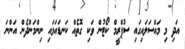
އަދި މި މައްސަލައިގައި ސުޕްރީމް ކޯޓުން ވަކި ގޮތެއް ކަނޑައަޅައި ނިންމަންދެން އަންނަ